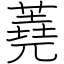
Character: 蕘